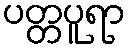
ပတ္တပူရာ